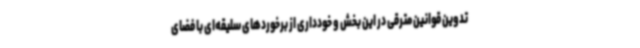
تدوین قوانین مترقی در این بخش و خودداری از برخوردهای سلیقه‌ای با فضای